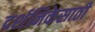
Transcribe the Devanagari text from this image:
दर्शनिकेसाठी